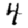
Digit: 4